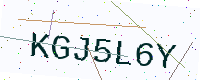
Text: KGJ5L6Y